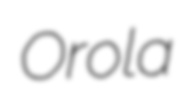
Orola